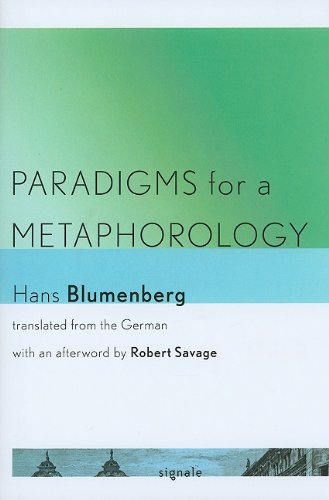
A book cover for Paradigms for a Metaphorology (Signale: Modern German Letters, Cultures, and Thought); Hans Blumenberg; Politics & Social Sciences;